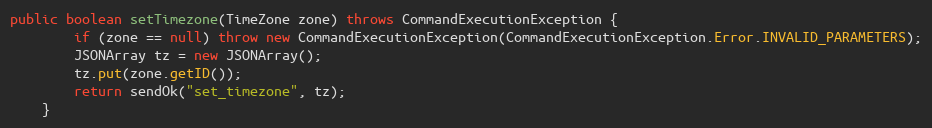
Language: Java
public boolean setTimezone(TimeZone zone) throws CommandExecutionException {
        if (zone == null) throw new CommandExecutionException(CommandExecutionException.Error.INVALID_PARAMETERS);
        JSONArray tz = new JSONArray();
        tz.put(zone.getID());
        return sendOk("set_timezone", tz);
    }